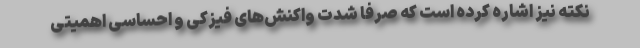
نکته نیز اشاره کرده است که صرفاً شدت واکنش‌های فیزکی و احساسی اهمیتی